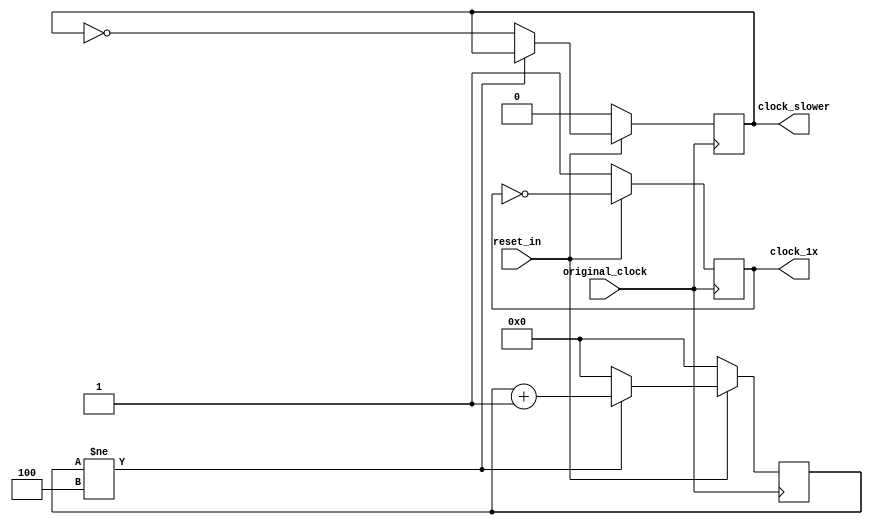
module clk_gen #(
	parameter RATIO = 5
) (	
	input 	reset_in,
	input   original_clock,

	output reg  clock_1x,
	output reg  clock_slower
);

reg [5:0] clk_count;

always @(posedge original_clock) begin
	if(~reset_in) begin
		clock_1x		<= 1'b1;
		clock_slower	<= 1'b0;

		clk_count		<= 6'b0;
	end else begin
		clock_1x		<= ~clock_1x;

		if(clk_count != RATIO - 1) begin
			clk_count		<= clk_count + 1'b1;
		end else begin
			clk_count		<= 6'b0;
			clock_slower	<= ~clock_slower;
		end
	end
end

endmodule